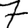
Digit: 7